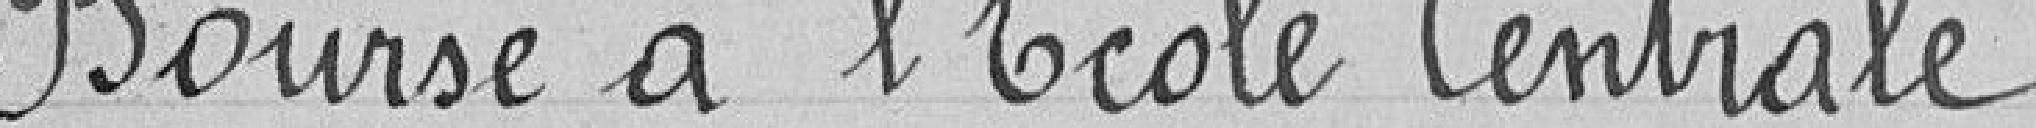
Bourse à l'école centrale